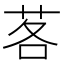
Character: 茖